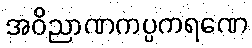
အဝိညာဏကပ္ပကရဏေ